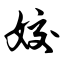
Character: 姣